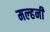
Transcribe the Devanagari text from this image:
मल्‍हनी